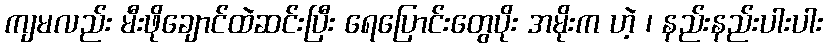
ကျမလည်း မီးဖိုချောင်ထဲဆင်းပြီး ရေပြောင်းတွေပိုး အမိုးက ဟဲ့ ၊ နည်းနည်းပါးပါး